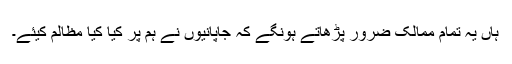
ہاں یہ تمام ممالک ضرور پڑھاتے ہونگے کہ جاپانیوں نے ہم پر کیا کیا مظالم کیئے۔